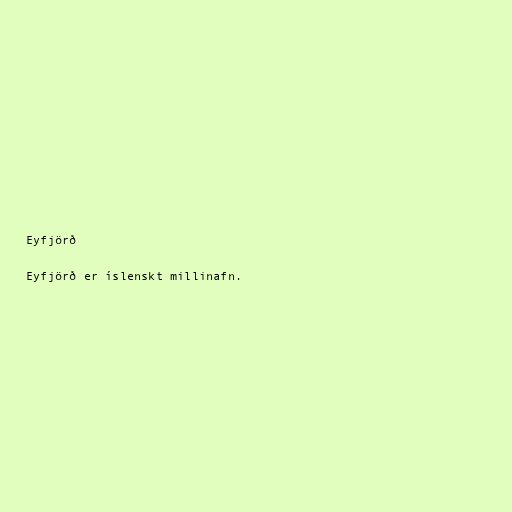
Eyfjörð

Eyfjörð er íslenskt millinafn.